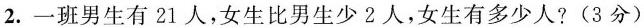
2.一班男生有21人，女生比男生少2人，女生有多少人?(3分)